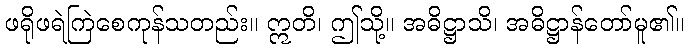
ဖရိုဖရဲကြဲစေကုန်သတည်း။ ဣတိ၊ ဤသို့။ အဓိဋ္ဌာသိ၊ အဓိဋ္ဌာန်တော်မူ၏။